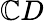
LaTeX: \mathbb{C}D